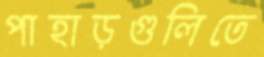
পাহাড়গুলিতে